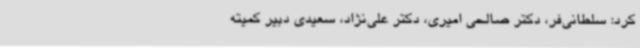
کرد: سلطانی‌فر، دکتر صالحی امیری، دکتر علی‌نژاد، سعیدی دبیر کمیته